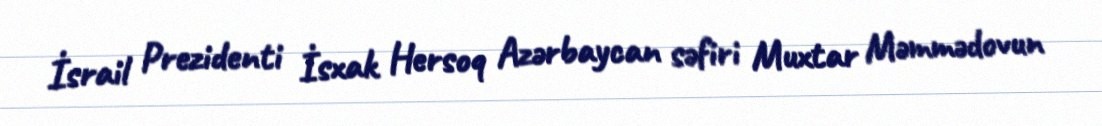
İsrail Prezidenti İsxak Hersoq Azərbaycan səfiri Muxtar Məmmədovun